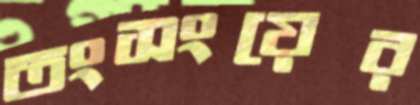
তংসংয়ের